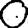
Digit: 0